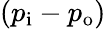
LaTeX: (p_{\mathrm{{i}}}-p_{\mathrm{{o}}})